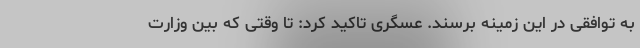
به توافقی در این زمینه برسند. عسگری تاکید کرد: تا وقتی که بین وزارت